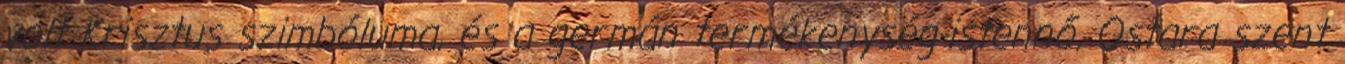
volt Krisztus szimbóluma, és a germán termékenység-istennő, Ostara szent